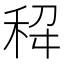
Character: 𫀭